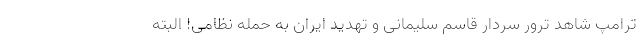
ترامپ شاهد ترور سردار قاسم سلیمانی و تهدید ایران به حمله نظامی! البته